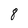
Character: 8